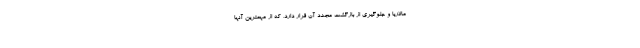
مالاریا و جلوگیری از بازگشت مجدد آن قرار دارد، که از مهمترین آنها